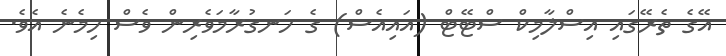
އޭގެ ތެރޭގައި އިސްލާމިކް ސްޓޭޓް (އައިއެސް) ގެ ހަނގުރާމަވެރިން ވެސް ހިމެނެ އެވެ.